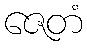
ဇေတံ